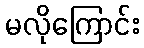
မလိုကြောင်း